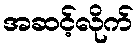
အဆင့်လိုက်